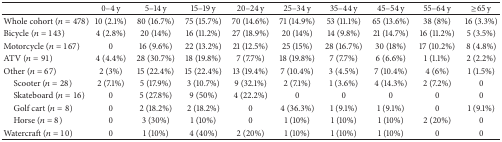
<table><thead><tr><td><b> </b></td><td><b>0–4 y</b></td><td><b>5–14 y</b></td><td><b>15–19 y</b></td><td><b>20–24 y</b></td><td><b>25–34 y</b></td><td><b>35–44 y</b></td><td><b>45–54 y</b></td><td><b>55–64 y</b></td><td><b>≥65 y</b></td></tr></thead><tbody><tr><td>Whole cohort (<i>n</i> = 478)</td><td>10 (2.1%)</td><td>80 (16.7%)</td><td>75 (15.7%)</td><td>70 (14.6%)</td><td>71 (14.9%)</td><td>53 (11.1%)</td><td>65 (13.6%)</td><td>38 (8%)</td><td>16 (3.3%)</td></tr><tr><td>Bicycle (<i>n</i> = 143)</td><td>4 (2.8%)</td><td>20 (14%)</td><td>16 (11.2%)</td><td>27 (18.9%)</td><td>20 (14%)</td><td>14 (9.8%)</td><td>21 (14.7%)</td><td>16 (11.2%)</td><td>5 (3.5%)</td></tr><tr><td>Motorcycle (<i>n</i> = 167)</td><td>0</td><td>16 (9.6%)</td><td>22 (13.2%)</td><td>21 (12.5%)</td><td>25 (15%)</td><td>28 (16.7%)</td><td>30 (18%)</td><td>17 (10.2%)</td><td>8 (4.8%)</td></tr><tr><td>ATV (<i>n</i> = 91)</td><td>4 (4.4%)</td><td>28 (30.7%)</td><td>18 (19.8%)</td><td>7 (7.7%)</td><td>18 (19.8%)</td><td>7 (7.7%)</td><td>6 (6.6%)</td><td>1 (1.1%)</td><td>2 (2.2%)</td></tr><tr><td>Other (<i>n</i> = 67)</td><td>2 (3%)</td><td>15 (22.4%)</td><td>15 (22.4%)</td><td>13 (19.4%)</td><td>7 (10.4%)</td><td>3 (4.5%)</td><td>7 (10.4%)</td><td>4 (6%)</td><td>1 (1.5%)</td></tr><tr><td> Scooter (<i>n</i> = 28)</td><td>2 (7.1%)</td><td>5 (17.9%)</td><td>3 (10.7%)</td><td>9 (32.1%)</td><td>2 (7.1%)</td><td>1 (3.6%)</td><td>4 (14.3%)</td><td>2 (7.2%)</td><td>0</td></tr><tr><td> Skateboard (<i>n</i> = 16)</td><td>0</td><td>5 (27.8%)</td><td>9 (50%)</td><td>4 (22.2%)</td><td>0</td><td>0</td><td>0</td><td>0</td><td>0</td></tr><tr><td> Golf cart (<i>n</i> = 8)</td><td>0</td><td>2 (18.2%)</td><td>2 (18.2%)</td><td>0</td><td>4 (36.3%)</td><td>1 (9.1%)</td><td>1 (9.1%)</td><td>0</td><td>1 (9.1%)</td></tr><tr><td> Horse (<i>n</i> = 8)</td><td>0</td><td>3 (30%)</td><td>1 (10%)</td><td>0</td><td>1 (10%)</td><td>1 (10%)</td><td>1 (10%)</td><td>2 (20%)</td><td>0</td></tr><tr><td>Watercraft (<i>n</i> = 10)</td><td>0</td><td>1 (10%)</td><td>4 (40%)</td><td>2 (20%)</td><td>1 (10%)</td><td>1 (10%)</td><td>1 (10%)</td><td>0</td><td>0</td></tr></tbody></table>